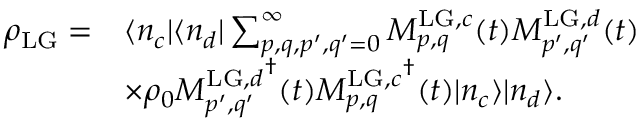
\begin{array} { r l } { \rho _ { \mathrm { L G } } = } & { \langle n _ { c } | \langle n _ { d } | \sum _ { p , q , p ^ { \prime } , q ^ { \prime } = 0 } ^ { \infty } M _ { p , q } ^ { \mathrm { L G } , c } ( t ) M _ { p ^ { \prime } , q ^ { \prime } } ^ { \mathrm { L G } , d } ( t ) } \\ & { \times \rho _ { 0 } { M _ { p ^ { \prime } , q ^ { \prime } } ^ { \mathrm { L G } , d } } ^ { \dagger } ( t ) { M _ { p , q } ^ { \mathrm { L G } , c } } ^ { \dagger } ( t ) | n _ { c } \rangle | n _ { d } \rangle . } \end{array}